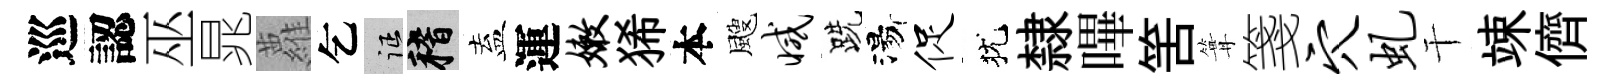
巡認巫晁蘿乞征稽盍運嫩狶本颼减跣湯促犹隸嗶筈篝箋穴虬干竦儕